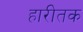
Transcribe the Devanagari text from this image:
हारीतक